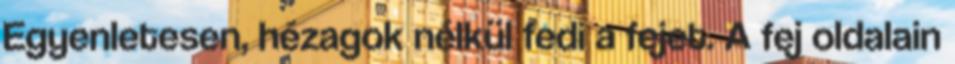
Egyenletesen, hézagok nélkül fedi a fejet. A fej oldalain